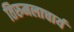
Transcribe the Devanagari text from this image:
तिरुमलाचार्य